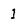
Character: 1